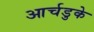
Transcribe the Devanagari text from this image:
आर्चडुके